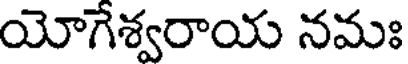
యోగేశ్వరాయ నమః